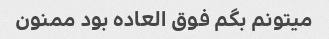
میتونم بگم فوق العاده بود ممنون